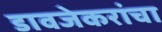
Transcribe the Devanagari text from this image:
डावजेकरांचा